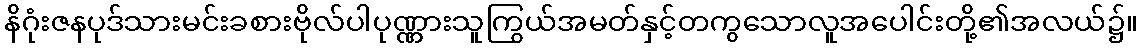
နိဂုံးဇနပုဒ်သားမင်းခစားဗိုလ်ပါပုဏ္ဏားသူကြွယ်အမတ်နှင့်တကွသောလူအပေါင်းတို့၏အလယ်၌။